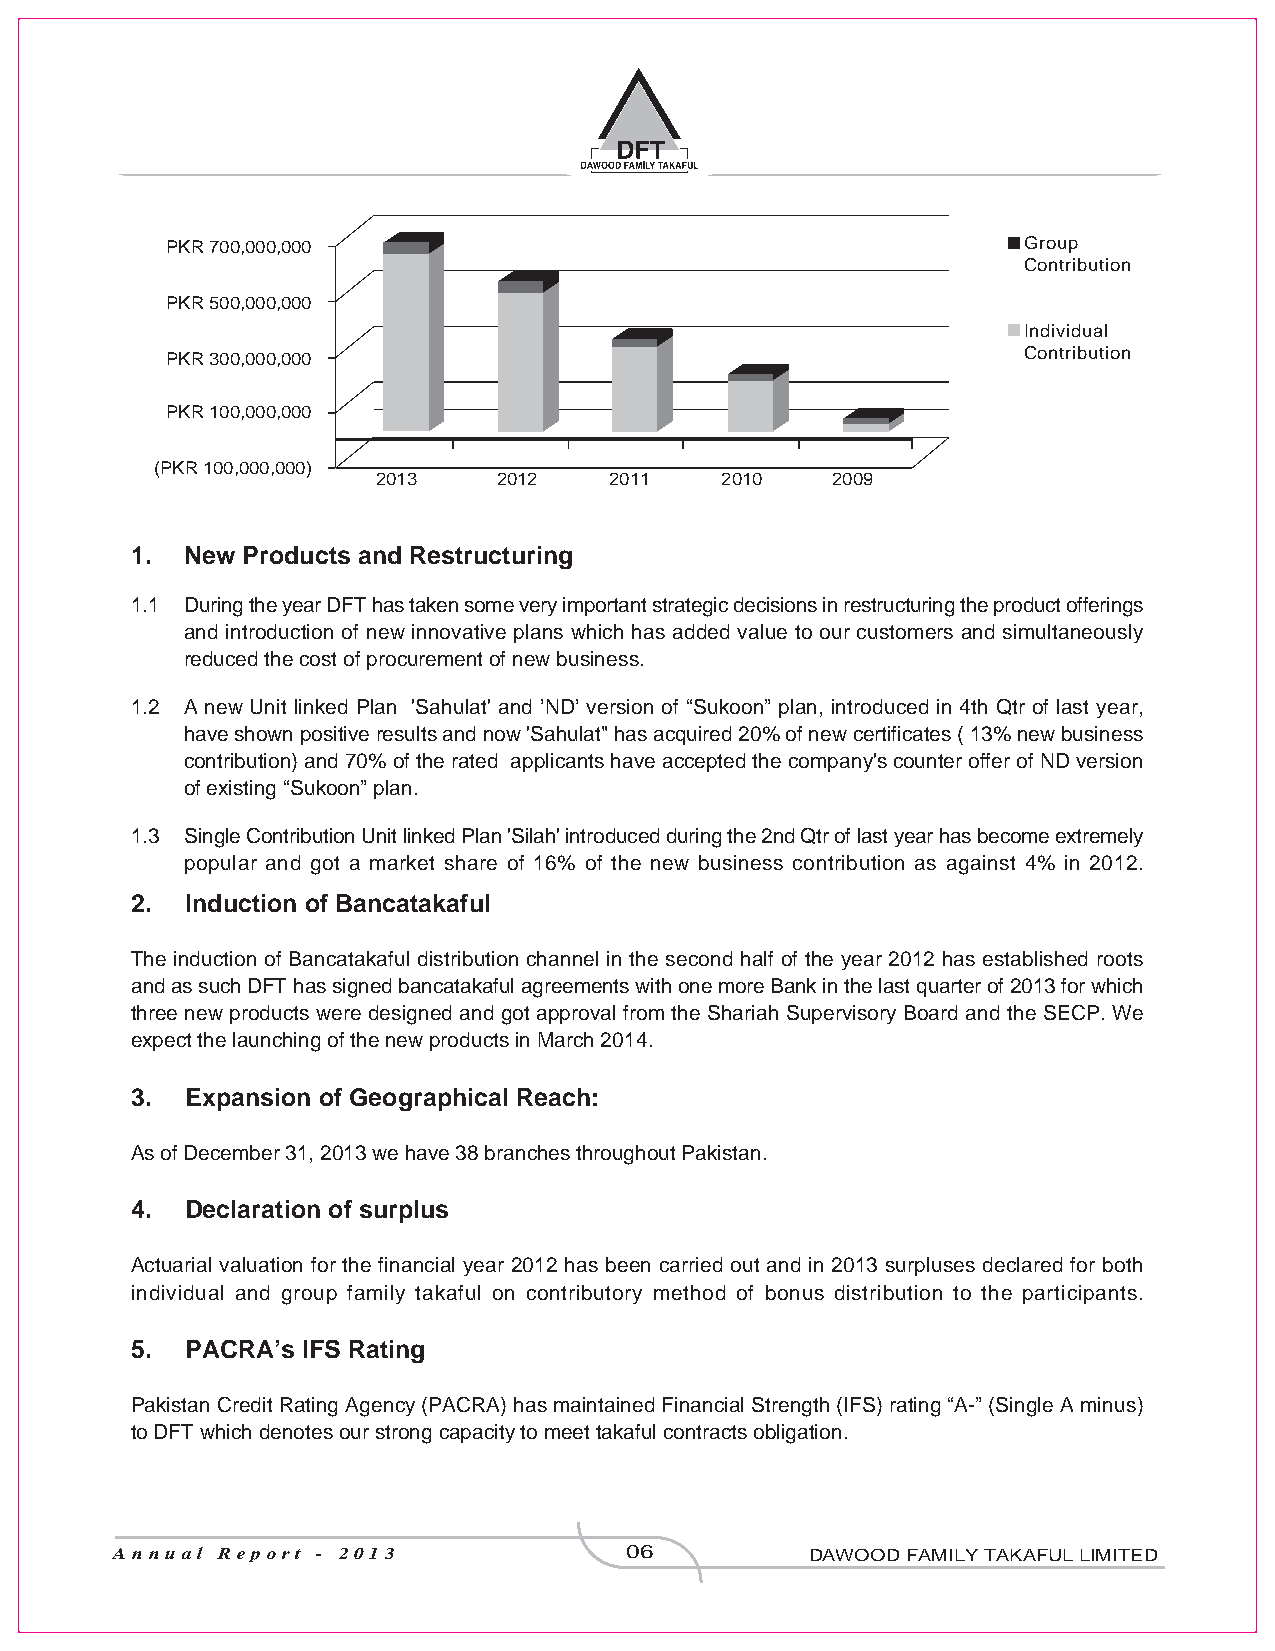
PKR 700,000,000                                          Group
 Contribution
 PKR 500,000,000
 Individual
 Contribution
 PKR 300,000,000
 PKR 100,000,000
 (PKR 100,000,000)
 2013    2012   2011    2010   2009
 1. New Products and Restructuring
 1.1 During the year DFT has taken some very important strategic decisions in restructuring the product offerings
 and introduction of new innovative plans which has added value to our customers and simultaneouslyreduced the cost of procurement of new business.
 1.2 A new Unit linked Plan 'Sahulat' and ’ND’ version of “Sukoon” plan, introduced in 4th Qtr of last year,
 have shown positive results and now 'Sahulat" has acquired 20% of new certificates ( 13% new businesscontribution) and 70% of the rated applicants have accepted the company's counter offer of ND versionof existing “Sukoon” plan.
 1.3 Single Contribution Unit linked Plan 'Silah' introduced during the 2nd Qtr of last year has become extremely
 popular and got a market share of 16% of the new business contribution as against 4% in 2012.
 2. Induction of Bancatakaful
 The induction of Bancatakaful distribution channel in the second half of the year 2012 has established rootsand as such DFT has signed bancatakaful agreements with one more Bank in the last quarter of 2013 for whichthree new products were designed and got approval from the Shariah Supervisory Board and the SECP. Weexpect the launching of the new products in March 2014.
 3. Expansion of Geographical Reach:
 As of December 31, 2013 we have 38 branches throughout Pakistan.
 4. Declaration of surplus
 Actuarial valuation for the financial year 2012 has been carried out and in 2013 surpluses declared for bothindividual and group family takaful on contributory method of bonus distribution to the participants.
 5. PACRA’s IFS Rating
 Pakistan Credit Rating Agency (PACRA) has maintained Financial Strength (IFS) rating “A-” (Single A minus)to DFT which denotes our strong capacity to meet takaful contracts obligation.
 Annual Report - 2013             06           DAWOOD FAMILY TAKAFUL LIMITED